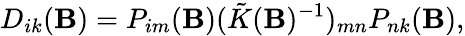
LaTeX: D_{ik}(\mathbf{B})=P_{im}(\mathbf{B})(\tilde{{K}}(\mathbf{B})^{-1})_{mn}P_{nk}(\mathbf{B}),